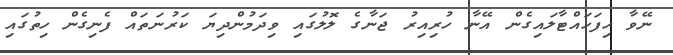
ނޭވާ ހިފަހައްޓާލައިގެން އޭނާ ހުރިއިރު ޖަނާގެ ލޮލުގައި ވިދަމުންދިޔަ ކަރުނަތައް ފެނިގެން ހިތުގައި